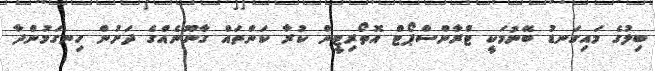
ބިލުގެ މައިގަނޑު ބޭނުމަކީ ޓްރާންސްޕޯޓް އޮތޯރިޓީން ކުރާ ކަންތައް ގާނޫނެއްގެ ދަށުން ހިނގަމުންދާ